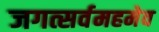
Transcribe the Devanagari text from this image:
जगत्सर्वमहमेव